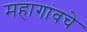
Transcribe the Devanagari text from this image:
महागांवचे